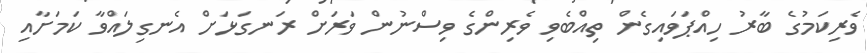
ވެރިކަމުގެ ބާރު ހިއްޕަވައިގެން ތިއްބެވި ވެރިންގެ ވިސްނުން ވަރަށް ރަނގަޅަށް އެނގިލައްވާ ކަމަށާއި